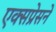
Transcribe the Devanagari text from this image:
एक्सप्रेसने